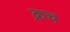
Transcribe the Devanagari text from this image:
क्रच